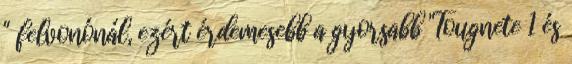
" felvonónál, ezért érdemesebb a gyorsabb "Tougnete 1 és